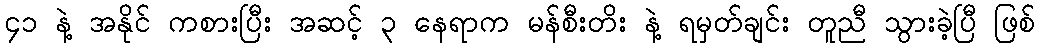
၄၁ နဲ့ အနိုင် ကစားပြီး အဆင့် ၃ နေရာက မန်စီးတိး နဲ့ ရမှတ်ချင်း တူညီ သွားခဲ့ပြီ ဖြစ်